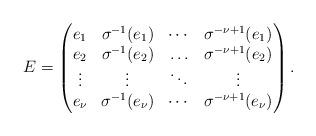
LaTeX: \begin{align*}E=\begin{pmatrix} e_1 & \sigma^{-1}(e_1) & \cdots & \sigma^{-\nu+1}(e_1) \\e_2 & \sigma^{-1}(e_2) & \ldots & \sigma^{-\nu+1}(e_2) \\\vdots & \vdots & \ddots & \vdots \\e_\nu & \sigma^{-1}(e_\nu) & \cdots & \sigma^{-\nu+1}(e_\nu)\end{pmatrix}.\end{align*}